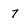
Character: 7